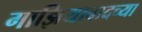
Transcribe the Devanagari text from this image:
गाझियाबादच्या